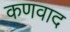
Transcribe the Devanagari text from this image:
कणवाद